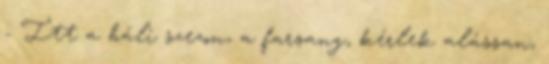
- Itt a báli szezon, a farsang, kérlek alássan,